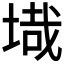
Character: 𭎶